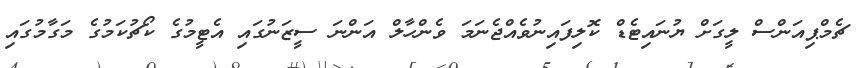
ޗެމްޕިއަންސް ލީގަށް ޔުނައިޓެޑް ކޮލިފައިނުވެއްޖެނަމަ ވެންހާލް އަންނަ ސީޒަނުގައި އެޓީމުގެ ކޯޗުކަމުގެ މަގާމުގައި